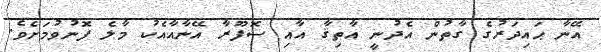
އޭނާ ޙައިދަރުގެ ގާތުން އެދުނީ އާތިޤާ އާއި ސޮފޫރާ އޭނާއާއެކު މާލެ ފޮނުވުމަށެވެ.